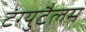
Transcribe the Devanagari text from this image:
टंग्युटैलम